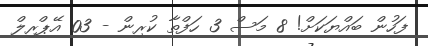
ފަހުން ބައްޔަކަށް! 8 މަސް 3 ހަފްތާ ކުރިން - 03 އޭޕްރިލް